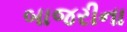
બાજરીના